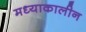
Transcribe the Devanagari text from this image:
मध्याकालीन